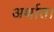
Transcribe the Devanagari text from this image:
अर्थात।